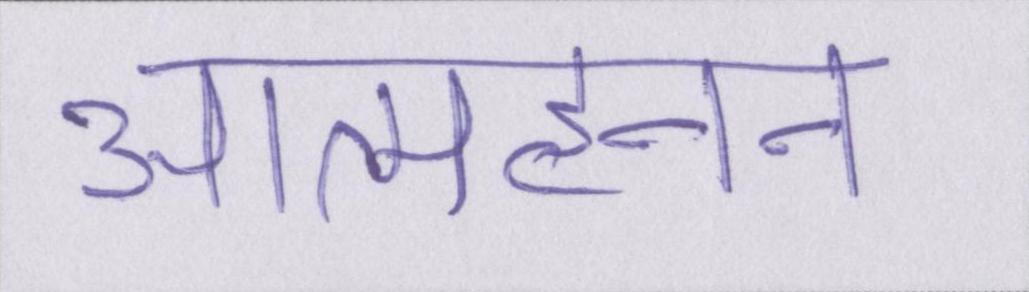
आत्महनन